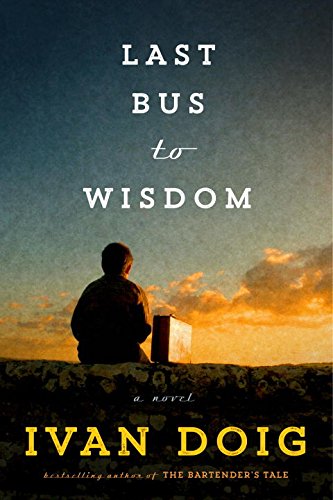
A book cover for Last Bus to Wisdom: A Novel; Ivan Doig; Literature & Fiction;